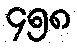
၄၅၈